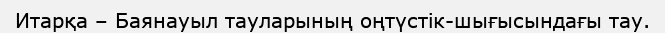
Итарқа – Баянауыл тауларының оңтүстік-шығысындағы тау.